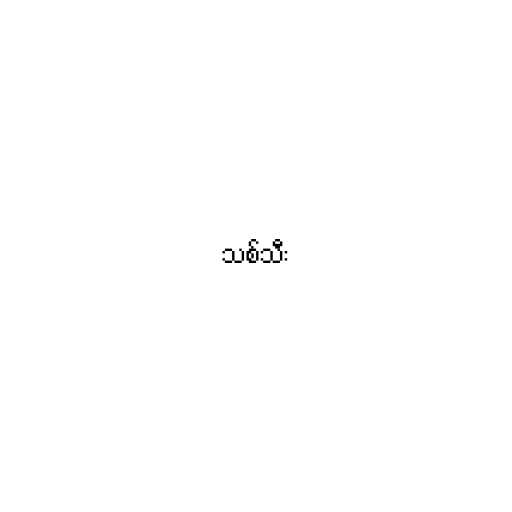
သစ်သီး